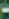
-